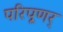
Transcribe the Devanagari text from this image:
परिपूणर्